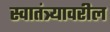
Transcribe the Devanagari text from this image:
स्वातंत्र्यावरील